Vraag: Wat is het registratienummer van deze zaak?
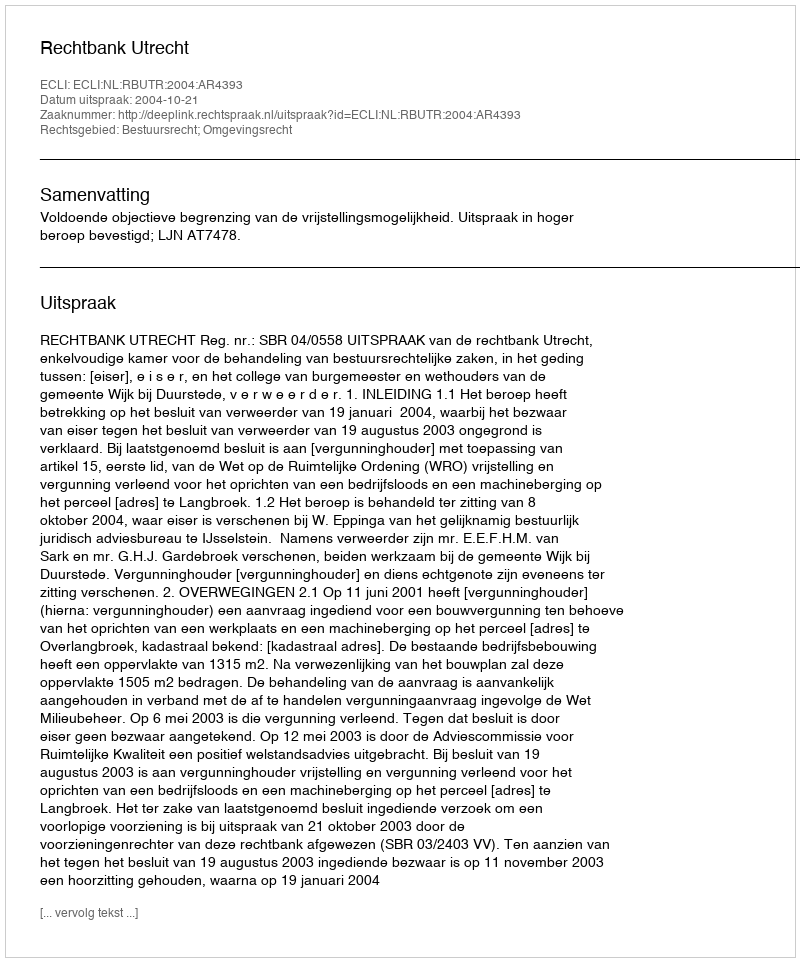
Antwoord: http://deeplink.rechtspraak.nl/uitspraak?id=ECLI:NL:RBUTR:2004:AR4393